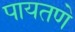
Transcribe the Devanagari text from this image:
पायतणे